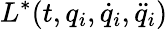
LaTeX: L^{*}(t,q_{i},\dot{q}_{i},\ddot{q}_{i})